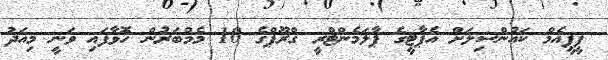
ޕީޕީއެމް ކައުންސިލަށް އެޕާޓީގެ ޕާލަމެންޓްރީ ގްރޫޕްގެ 10 މެމްބަރުން ހޮވާފައި ވަނީ މިއަދު